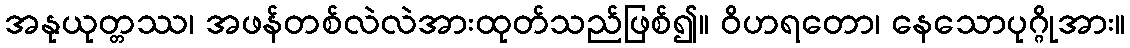
အနုယုတ္တဿ၊ အဖန်တစ်လဲလဲအားထုတ်သည်ဖြစ်၍။ ဝိဟရတော၊ နေသောပုဂ္ဂိုအား။